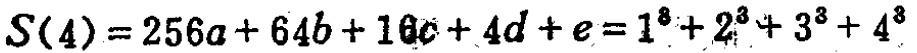
\[S(4)=256a + 64b + 16c + 4d + e=1^{8}+2^{8}+3^{8}+4^{8}\]